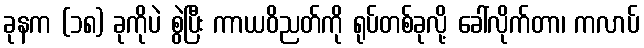
ခုနက (၁၈) ခုကိုပဲ စွဲပြီး ကာယဝိညတ်ကို ရုပ်တစ်ခုလို့ ခေါ်လိုက်တာ၊ ကလာပ်